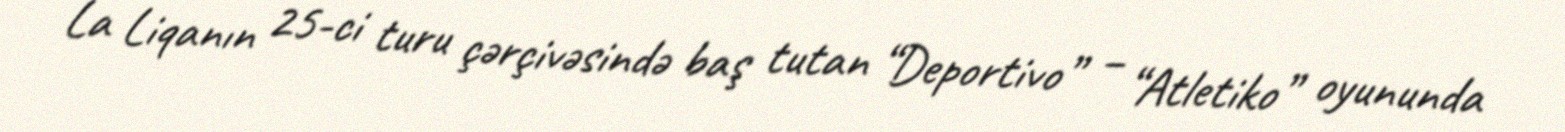
La Liqanın 25-ci turu çərçivəsində baş tutan “Deportivo” – “Atletiko” oyununda